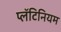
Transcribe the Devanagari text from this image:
प्लॅटिनियम